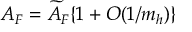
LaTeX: { \cal A } _ { F } = \widetilde { \cal A } _ { F } \{ 1 + O ( 1 / m _ { h } ) \}